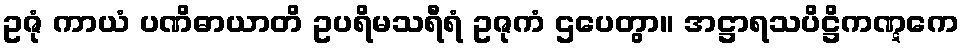
ဥဇုံ ကာယံ ပဏိဓာယာတိ ဥပရိမသရီရံ ဥဇုကံ ဌပေတွာ။ အဋ္ဌာရသပိဋ္ဌိကဏ္ဋကေ